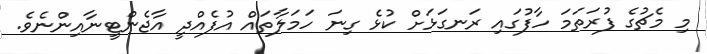
މި މެޗުގެ ފުރަތަމަ ހާފުގައި ރަނގަޅަށް ކުޅެ ގިނަ ހަމަލާތައް އުފެއްދީ އާޖެންޓީނާއިންނެވެ.